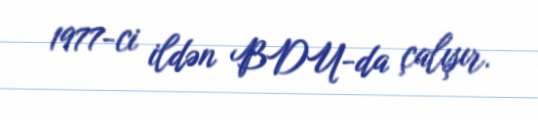
1977-ci ildən BDU-da çalışır.